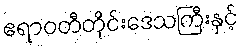
ဧရာဝတီတိုင်းဒေသကြီးနှင့်